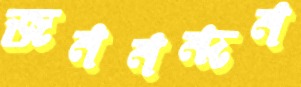
জননন্দন